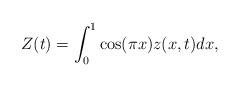
LaTeX: \begin{align*}Z(t)=\int_0^1\cos(\pi x) z(x,t)dx,\end{align*}